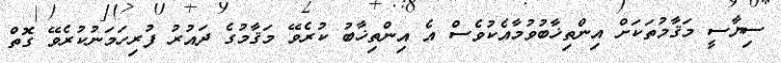
ސިޔާސީ މަޤާމުތަކަށް އިންތިޚާބުވުމާއެކުވެސް އެ އިންތިޚާބު ކުރެވޭ މަޤާމުގެ ދައުރު ފުރިހަމަނުކުރެވޭ ގޮތް